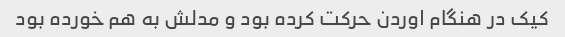
کیک در هنگام اوردن حرکت کرده بود و مدلش به هم خورده بود